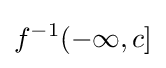
f^{-1}(-\infty ,c]